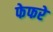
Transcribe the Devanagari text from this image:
फेफरे